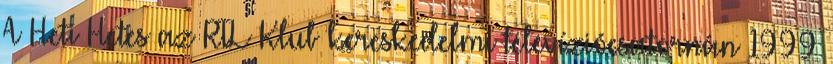
A Heti Hetes az RTL Klub kereskedelmi televíziócsatornán 1999